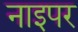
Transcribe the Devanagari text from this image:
नाइपर